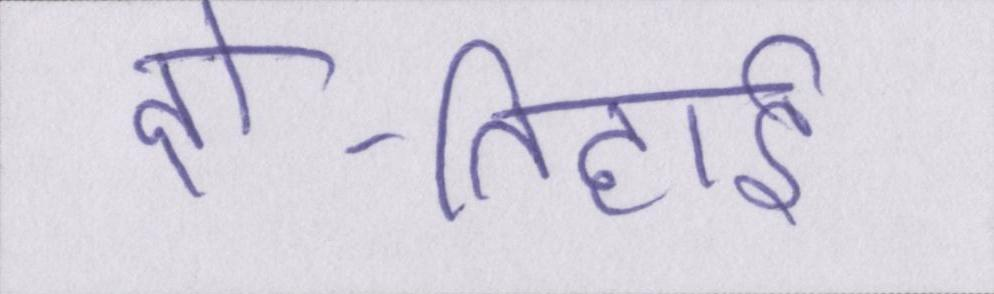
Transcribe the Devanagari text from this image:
दो-तिहाई